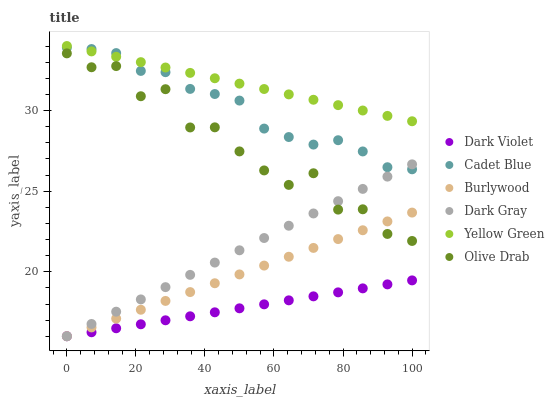
| xaxis_label | Dark Violet | Cadet Blue | Burlywood | Dark Gray | Yellow Green | Olive Drab |
 | --- | --- | --- | --- | --- | --- | --- |
 | 0 | 16 | 33.9 | 16 | 16 | 34 | 33.5 |
 | 7.14 | 16.2 | 33.8 | 16.5 | 16.8 | 33.7 | 32.7 |
 | 14.3 | 16.5 | 33.6 | 17.1 | 17.5 | 33.3 | 32.8 |
 | 21.4 | 16.7 | 32.5 | 17.6 | 18.3 | 33 | 30.9 |
 | 28.6 | 17 | 32.4 | 18.2 | 19 | 32.7 | 31.3 |
 | 35.7 | 17.2 | 31.3 | 18.7 | 19.8 | 32.3 | 28.9 |
 | 42.9 | 17.5 | 31 | 19.3 | 20.6 | 32 | 29 |
 | 50 | 17.7 | 30.6 | 19.8 | 21.3 | 31.7 | 27.5 |
 | 57.1 | 18 | 28.9 | 20.4 | 22.1 | 31.3 | 26.3 |
 | 64.3 | 18.2 | 28.4 | 20.9 | 22.9 | 31 | 25.4 |
 | 71.4 | 18.5 | 27.9 | 21.5 | 23.6 | 30.7 | 26.1 |
 | 78.6 | 18.7 | 28.2 | 22 | 24.4 | 30.3 | 23.9 |
 | 85.7 | 19 | 27.5 | 22.6 | 25.1 | 30 | 23.9 |
 | 92.9 | 19.2 | 26.5 | 23.1 | 25.9 | 29.7 | 22.3 |
 | 100 | 19.5 | 26.4 | 23.7 | 26.7 | 29.3 | 21.9 |